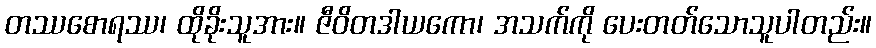
တဿစောရဿ၊ ထိုခိုးသူအား။ ဇီဝိတဒါယကော၊ အသက်ကို ပေးတတ်သောသူပါတည်း။